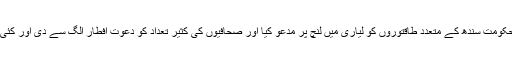
جانےسے کچھ عرصہ پہلے محترم مطلوب ملزم صاحب نے حکومتِ سندھ کے متعدد طاقتوروں کو لیاری میں لنچ پر مدعو کیا اور صحافیوں کی کثیر تعداد کو دعوتِ افطار الگ سے دی اور کئی ٹی وی ٹاک شوز میں کراچی کے ابتر حالات پر ماتم بھی کیا۔